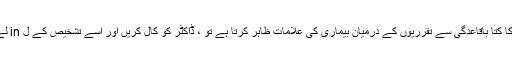
اگر آپ کا کتا باقاعدگی سے تقرریوں کے درمیان بیماری کی علامات ظاہر کرتا ہے تو ، ڈاکٹر کو کال کریں اور اسے تشخیص کے ل in لے جائیں۔